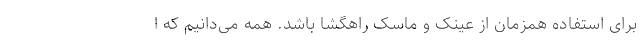
برای استفاده همزمان از عینک و ماسک راهگشا باشد. همه می‌دانیم که ا